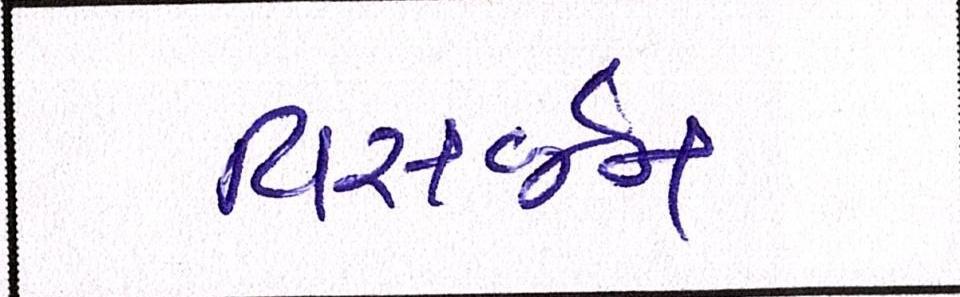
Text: વિસર્જન